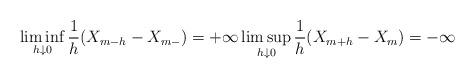
LaTeX: \begin{align*}\liminf\limits_{h \downarrow 0} \frac{1}{h}(X_{m-h}-X_{m-})=+\infty \limsup\limits_{h \downarrow 0} \frac{1}{h}(X_{m+h}-X_m)=-\infty \end{align*}